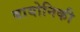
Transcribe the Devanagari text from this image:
बायोनिकी